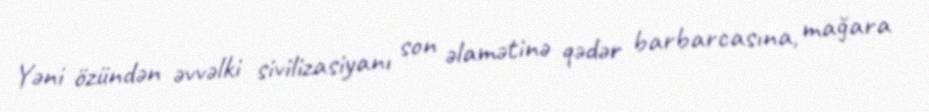
Yəni özündən əvvəlki sivilizasiyanı son əlamətinə qədər barbarcasına, mağara